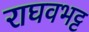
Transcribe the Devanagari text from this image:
राघवभट्ट